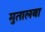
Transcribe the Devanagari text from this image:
मुतालबा